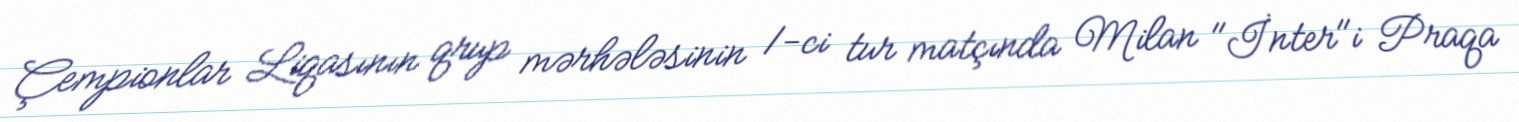
Çempionlar Liqasının qrup mərhələsinin 1-ci tur matçında Milan "İnter"i Praqa